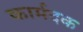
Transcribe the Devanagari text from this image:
कार्मदक